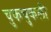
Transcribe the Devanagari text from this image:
चुकचुकली